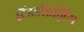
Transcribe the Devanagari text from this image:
स्टैंडर्डाइज़िंग